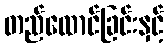
တည်ထောင်ခြင်းနှင့်